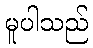
မူပါသည်